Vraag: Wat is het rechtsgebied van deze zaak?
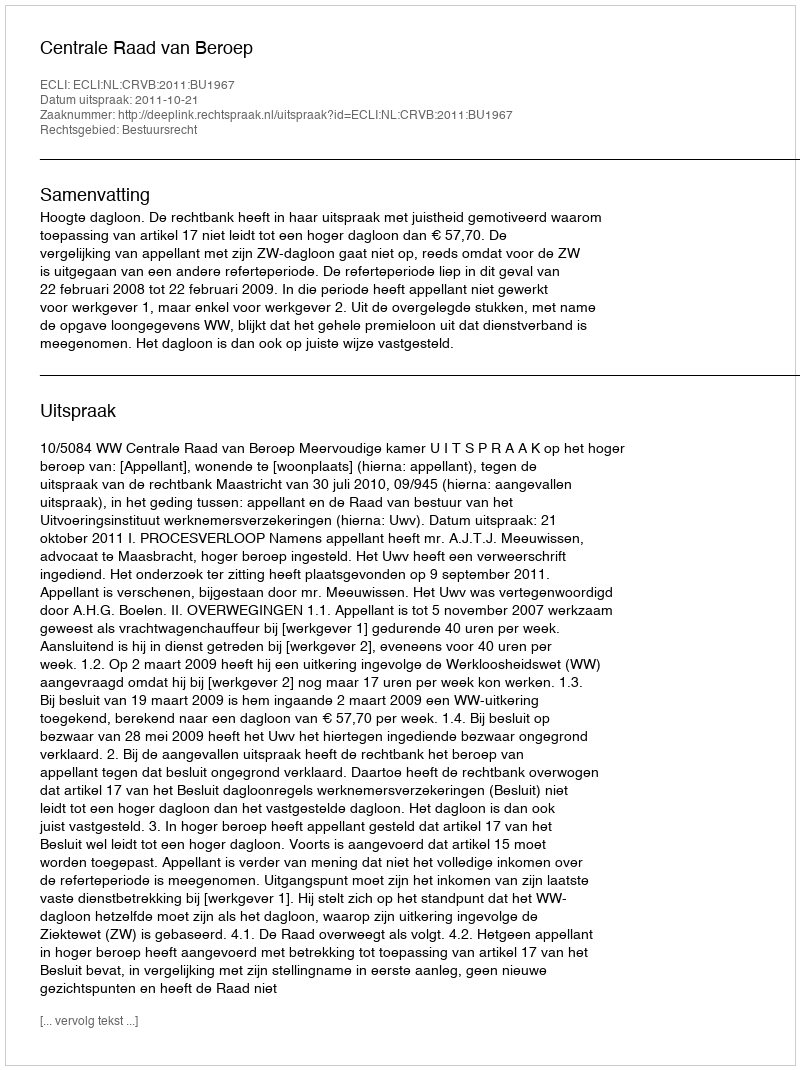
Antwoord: Bestuursrecht